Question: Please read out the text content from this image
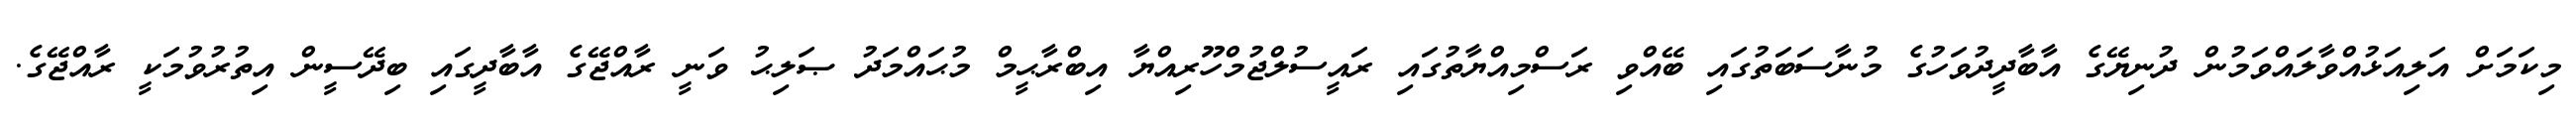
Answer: މިކަމަށް އަލިއަޅުއްވާލައްވަމުން ދުނިޔޭގެ އާބާދީދުވަހުގެ މުނާސަބަތުގައި ބޭއްވި ރަސްމިއްޔާތުގައި ރައީސުލްޖުމްހޫރިއްޔާ އިބްރާޙީމް މުޙައްމަދު ޞަލިޙު ވަނީ ރާއްޖޭގެ އާބާދީގައި ބިދޭސީން އިތުރުވުމަކީ ރާއްޖޭގެ.